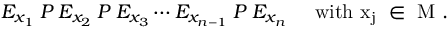
E _ { x _ { 1 } } \: P \: E _ { x _ { 2 } } \: P \: E _ { x _ { 3 } } \cdots E _ { x _ { n - 1 } } \: P \: E _ { x _ { n } } \; \; \; \; \; { \mathrm { w i t h ~ x _ { j } ~ \in ~ M ~ . } }